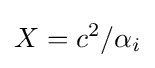
X=c^{2}/\alpha _{i}